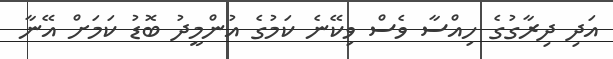
އަދި ދިރާގުގެ ހިއްސާ ވެސް ވިކޭނެ ކަމުގެ އުންމީދު ބޮޑު ކަމަށް އޭނާ